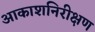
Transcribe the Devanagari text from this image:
आकाशनिरीक्षण